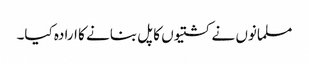
مسلمانوں نے کشتیوں کا پل بنانے کا ارادہ کیا۔